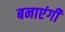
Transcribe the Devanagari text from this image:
बनाएंगी